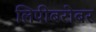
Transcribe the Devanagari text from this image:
लिपीबरोबर